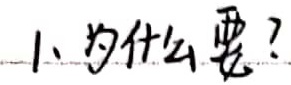
1. 为什么要？